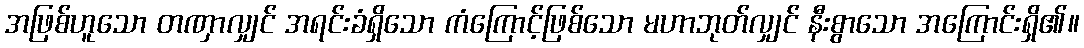
အဖြစ်ဟူသော တဏှာလျှင် အရင်းခံရှိသော ကံကြောင့်ဖြစ်သော မဟာဘုတ်လျှင် နီးစွာသော အကြောင်းရှိ၏။